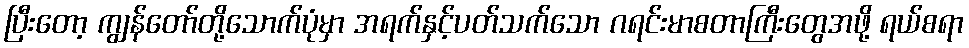
ပြီးတော့ ကျွန်တော်တို့သောက်ပုံမှာ အရက်နှင့်ပတ်သက်သော ဂရင်းမာစတာကြီးတွေအဖို့ ရယ်စရာ